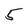
Character: 5